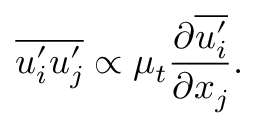
\overline { { u _ { i } ^ { \prime } u _ { j } ^ { \prime } } } \propto \mu _ { t } \frac { \partial \overline { { u _ { i } ^ { \prime } } } } { \partial x _ { j } } .